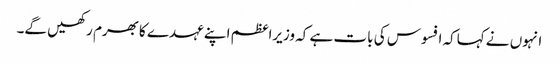
انہوں نے کہاکہ افسوس کی بات ہے کہ وزیراعظم اپنے عہدے کابھرم رکھیں گے۔